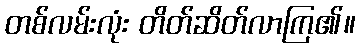
တစ်လမ်းလုံး တိတ်ဆိတ်လာကြ၏။